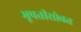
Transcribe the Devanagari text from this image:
भूपतीसोबत